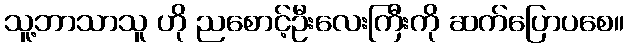
သူ့ဘာသာသူ ဟို ညစောင့်ဦးလေးကြီးကို ဆက်ပြောပစေ။